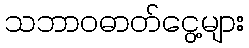
သဘာဝဓာတ်ငွေ့များ